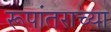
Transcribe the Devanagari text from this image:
रूपांतराच्या